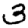
Digit: 3